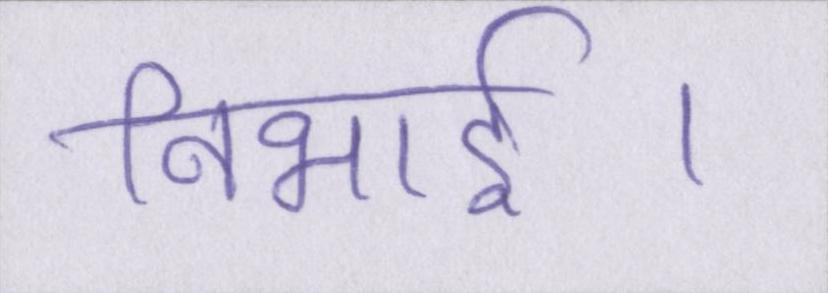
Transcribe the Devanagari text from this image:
निभाई।